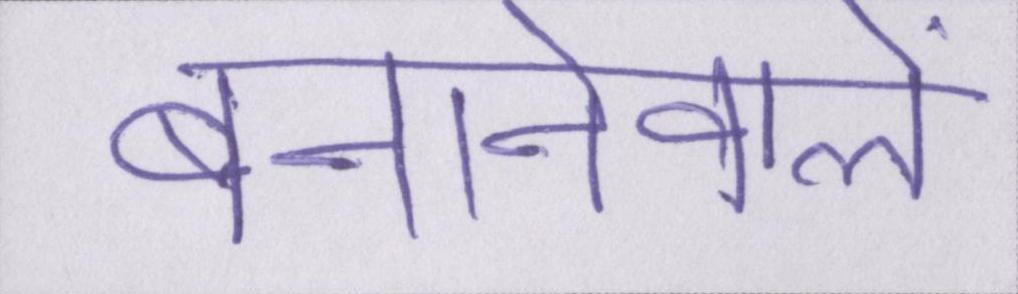
बनानेवाले